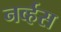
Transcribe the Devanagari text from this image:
नव्‍र्हस